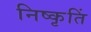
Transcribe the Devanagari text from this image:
निष्कृतिं